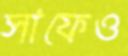
সাফেও